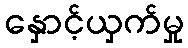
နှောင့်ယှက်မှု